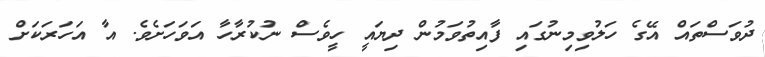
ދުވަސްތައް އޭގެ ހަލުވިމިނުގައި ފާއިތުވަމުން ދިޔައީ ހީވެސް ނުކުރާހާ އަވަހަށެވެ. އާ އަހަރަކަށް